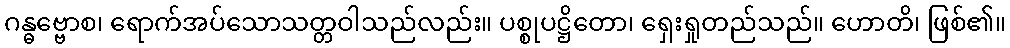
ဂန္ဓဗ္ဗောစ၊ ရောက်အပ်သောသတ္တဝါသည်လည်း။ ပစ္စုပဋ္ဌိတော၊ ရှေးရှုတည်သည်။ ဟောတိ၊ ဖြစ်၏။